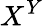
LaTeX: X^{Y}